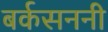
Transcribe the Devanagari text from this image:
बर्कसननी